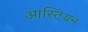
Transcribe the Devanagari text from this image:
आस्टिंयन